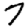
Digit: 7